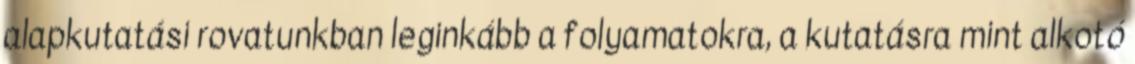
alapkutatási rovatunkban leginkább a folyamatokra, a kutatásra mint alkotó